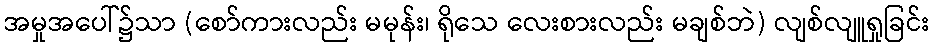
အမှုအပေါ်၌သာ (စော်ကားလည်း မမုန်း၊ ရိုသေ လေးစားလည်း မချစ်ဘဲ) လျစ်လျူရှုခြင်း